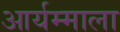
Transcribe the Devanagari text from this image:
आर्यम्माला